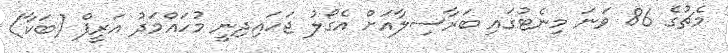
މެޗުގެ 86 ވަނަ މިނެޓުގައި ބަރާސިލާއަށް އެގޯލު ޖަހައިދިނީ މުހައްމަދު އަރީފް (ބަކާ)